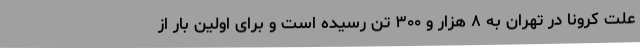
علت کرونا در تهران به ۸ هزار و ۳۰۰ تن رسیده است و برای اولین بار از